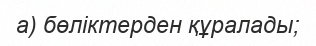
а) бөліктерден құралады;